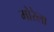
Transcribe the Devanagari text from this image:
मोरेला